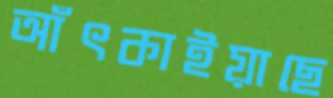
আঁৎকাইয়াছে